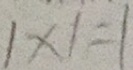
1 \times 1 = 1